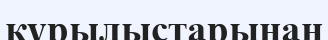
құрылыстарынан